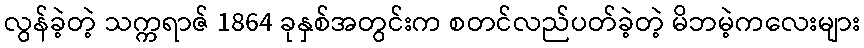
လွန်ခဲ့တဲ့ သက္ကရာဇ် 1864 ခုနှစ်အတွင်းက စတင်လည်ပတ်ခဲ့တဲ့ မိဘမဲ့ကလေးများ